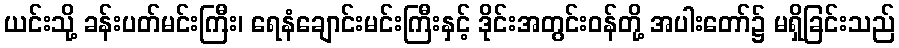
ယင်းသို့ ခန်းပတ်မင်းကြီး၊ ရေနံချောင်းမင်းကြီးနှင့် ဒိုင်းအတွင်းဝန်တို့ အပါးတော်၌ မရှိခြင်းသည်